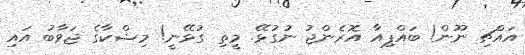
އައްޗި ނޫން! ބައްޕިއާ އޮރެންޖު ނުގުޅޭ. މީތި ގުޅޭނީ! މިޝްކާގެ ޖަވާބު އައި